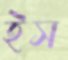
ইস